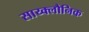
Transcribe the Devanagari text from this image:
साय्क्लौनिक